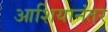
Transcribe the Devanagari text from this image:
आशियानंतर